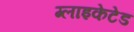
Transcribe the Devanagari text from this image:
ग्लाइकेटेड